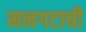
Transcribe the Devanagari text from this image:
मनगटाची